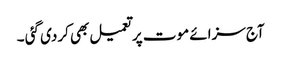
آج سزائے موت پر تعمیل بھی کردی گئی ۔